Vital statistics of India. Vol. VI, European troops 1870-79
Year: 1870
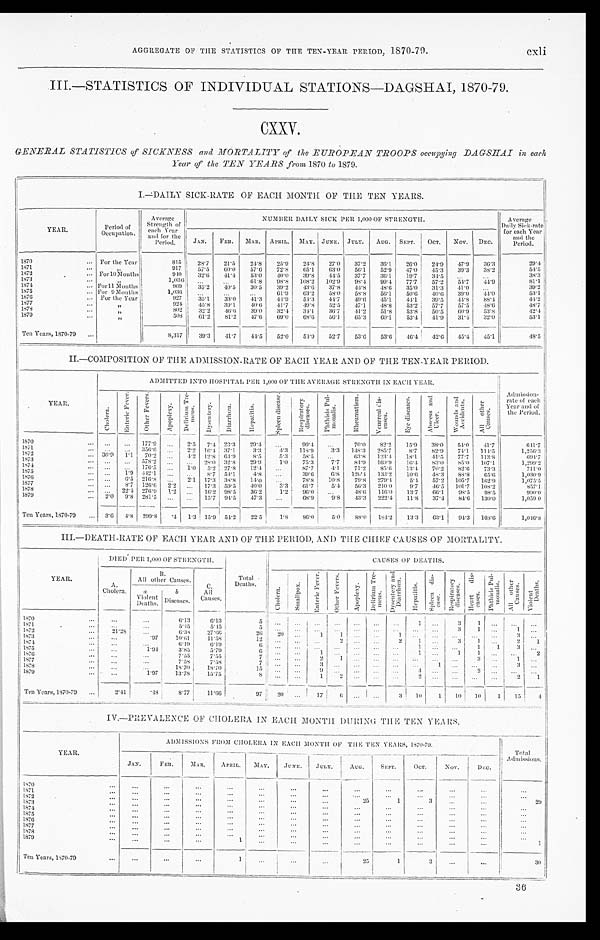
AGGREGATE OF THE STATISTICS OF THE TEN-YEAR PERIOD, 1870-79.
III.-STATISTICS OF INDIVIDUAL STATIONS-DAGSHAI, 1870-79.
CXXV.
GENERAL STATISTICS of SICKNESS and MORTALITY of the EUROPEAN TROOPS occupying DAGSHAI in each
Year of the TEN YEARS from 1870 to 1879.
I.—DAILY SICK-RATE OF EACH MONTH OF THE TEN YEARS.
YEAR.
Period of
Occupation.
Average
Strength of
each Year
and for the
Period.
NUMBER DAILY SICK PER 1,000 OF STRENGTH.
Average
Daily Sick-rate
for each Year
a n d t h e
Period.
J A N .
FEB. MAR. APRIL. MAY. JUNE. JULY. AUG.
S E P T . O C T . NOV. DEC.
1870
For the Year
815 28.7 21.5 24.8 25.9 24.8 27.0 37.2 36.1 26.0 24.9 47.9 36.3
29.4
1871
„
917 57.5
6 0 . 0 57.6 72.8 65.1
6 3 . 0 56.1 52.9 47.0 45.3 39.3 38.2
54.5
1872
For 10 Months
940 32.6 41.4 53.0
4 0 . 0 39.8
4 4 . 5 37.7 36.1 19.7 34.5
38.3
1873
„
1,036
61.8 98.8 108.2 102.9 98.4
9 9 . 4 77.7 57.2 54.7 44.9
81.1
1874
F o r 1 1 M o n t h s
969 35.2 40.5 30.5 39.2
4 3 . 6 37.8
4 4 . 8
4 8 . 6 35.0 31.3 41.0
39.2
1875
For 9 Months
1,036
61.9 63.2 58.0 58.8 56.1 50.6 40.6 39.0 44.0
5 3 . 1
1876
For the Year
9 2 7 35.1 33.0 41.3 44.9 54.3 44.7 49.6 45.1 44.1 39.5 44.8 88.4
44.2
1877
„
924 45.8 39.1 40.6 41.7 49.8 52.5 47.1 48.8 53.2 57.7 57.5 48.6
48.7
1878
„
802 32.2
4 6 . 6 39.0 32.4 34.1 36.7 41.2 51.8 53.8 50.5 60.9 53.8
42.4
1879
„
5 0 8 61.2 81.2 47.6 69.0 68.6 56.1 65.3
6 0 . 1 53.4 41.9 31.4 32.0
53.1
Ten Years, 1870-79
8,317 39.3
4 1 . 7 44.5 52.0 54.9 52.7 53.6 53.6 46.4 42.6 45.4 45.1
48.5
II.-COMPOSITION OF THE ADMISSION-RATE OF EACH YEAR AND OF THE TEN-YEAR PERIOD.
YEAR.
A D M I T T E D I N T O H O S P I T A L P E R 1 , 0 0 0 O F T H E A V E R A G E S T R E N G T H I N E A C H Y E A R .
Admission-
rate of each
Year and of
the Period.
C h o l e r a .
E n t e r i c F e v e r . O t h e r F e v e r s .
A p o p l e x y .
D e l i r i u m T r e -
m e n s .
Dysentery.
D i a r r h œ a .
H e p a t i t i s .
S p l e e n d i s e a s e .
R e s p i r a t o r y
d i s e a s e s .
P h t h i s i s P u l -
m o n a l i s .
R h e u m a t i s m .
V e n e r e a l d i s -
e a s e s .
E y e d i s e a s e s .
A b s c e s s a n d
U l c e r .
W o u n d s a n d
A c c i d e n t s .
A l l o t h e r
C a u s e s .
1870
177.9
2.5 7.4 23.3 29.4
99.4
70.0 82.2 15.9 38.0 54.0 41.7
6 4 4 . 7
1871
356.6
2.2 16.4 37.1 3.3 4.3 118.9 3.3 148.3 285.7 8.7 82.9 74.1 114.5
1,256.3
1872
30.9 1.1 70.2
4.2 12.8 6 4 . 9 8.5 5.3 58.5
63.8 123.4 18.1
4 1 . 5 77.7 113.8
694.7
1873
578.2
28.0 32.8 29.9
1 . 0 75.3 7.7 84.9 169.9 16.4 83.0 85.0 107.1
1,299.2
1874
176.5
1.0 5.2 27.8 12.4
87.7 4.1 71.2 85.6 13.4 70.2 82.6 73.3
711.0
1875
1 . 9 442.1
8.7 54.1 4.8
39.6 6.8 126.4 133.2 10.6 48.3 88.8 65.6
1,030.9
1876
6.5 216.8
2 . 1 17.3 38.8 14.0
78.8 10.8 79.8 279.4 5.4 57.2 105.7 162.9
1,075.5
1 8 7 7
8 . 7
126.6 2.2
17.359.5 40.0 3.3 61.7 5.4 56.3 210.0 9.7 46.5 101.7 108.2
857.1
1878
22.4 276.9 1.2
16.2 98.5 36.2 1.2 96.0
4 8 . 6 116.0 13.7 66.1 98.5 98.5
990.0
1879
2.0 9.8 281.5
15.7 94.5 47.3
68.9 9.8 43.3 222.4 11.8 37.4 84.6 130.0
1,059.0
T e n Y e a r s , 1 8 7 0 - 7 9
3.6 4.8 299.8
. 4
1 . 3
15.954.2 22.5
1 . 8
8 6 . 0 5.0 88.0 184.2 13.3 63.1 94.3 108.6
1,046.8
III.—DEATH-RATE OF EACH YEAR AND OF THE PERIOD, AND THE CHIEF CAUSES OF MORTALITY.
YEAR.
DIED PER 1,000 OF STRENGTH.
Total
Deaths.
CAUSES OP DEATHS.
A.
Cholera.
B.
A l l o t h e r C a u s e s . C.
A l l
Causes.
C h o l e r a .
s m a l l p o x .
E n t e r i c F e v e r .
O t h e r F e v e r s .
A p o p l e x y .
D e l i r i u m T r e -
m e n s . D y s e n t e r y a n d D i a r r h œ a .
H e p a t i t i s .
S p l e e n d i s -
e a s e .
R e s p i r a t o r y
d i s e a s e s .
H e a r t d i s -
e a s e s .
P h t h i s i s P u l -
m o n a l i s . A l l o t h e r
C a u s e s .
V i o l e n t
D e a t h s .
a V i o l e n t
Deaths.
b
Diseases.
1870
6.13 6.13
5
1
3 1
1871
5.45 5.45 5
3 1
1
1872
21.28
6.38 27.66 26
20
1 1
1
3
1873
. 9 7 10.61 11.58 12
2
2
1
3 1
2 1
1874
6.19 6.19 6
1
1
1 3
1 8 7 5
1.94 3.85
5.79
6
1
1
1 1
2
1876
7.55 7.55
7
2 1
3
1
1877
7.58 7.58
7
3
1
3
1878
18.70 18.70
15
9
4
2
1879
1.97 13.78 15.75
8
1
2
2
2
1
Ten Years, 1870-79 2.41
. 4 8 8.77 11.66
9 7
2 0
17
6
3 10 1
1 0
10 1
15
4
IV.—PREVALENCE OF CHOLERA IN EACH MONTH DURING THE TEN YEARS.
YEAR.
ADMISSIONS FROM CHOLERA IN EACH MONTH OF THE TEN YEARS, 1870-79.
T o t a l
A
dmissions.
JAN.
FEB.
MAR. APRIL. MAY. JUNE.
J U L Y
A U G .
SEPT. OCT. N O V .
DEC.
1870 1 8 7 1
1872
25
1
3
2 9
1873 1874 1875
1876 1877 1878 1879
1
1
Ten Years, 1870-79
1
2 5
1
3
30
:36